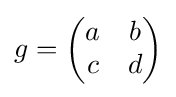
g={\begin{pmatrix}a&b\\c&d\end{pmatrix}}